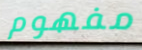
مفهوم